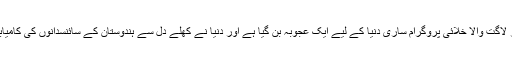
اسرو کا یہ موثر لاگت والا خلائی پروگرام ساری دنیا کے لیے ایک عجوبہ بن گیا ہے اور دنیا نے کھلے دل سے ہندوستان کے سائنسدانوں کی کامیابی کو سراہا ہے۔